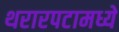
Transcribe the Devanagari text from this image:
थरारपटामध्ये